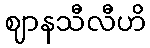
ဈာနသီလီဟိ